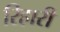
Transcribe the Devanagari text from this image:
रिहारी